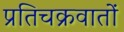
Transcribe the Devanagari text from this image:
प्रतिचक्रवातों